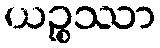
ယဉ္စဿာ